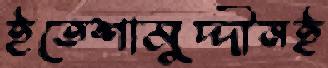
ইতেশামুদ্দীনই